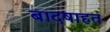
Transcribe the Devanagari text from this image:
बादषाहत